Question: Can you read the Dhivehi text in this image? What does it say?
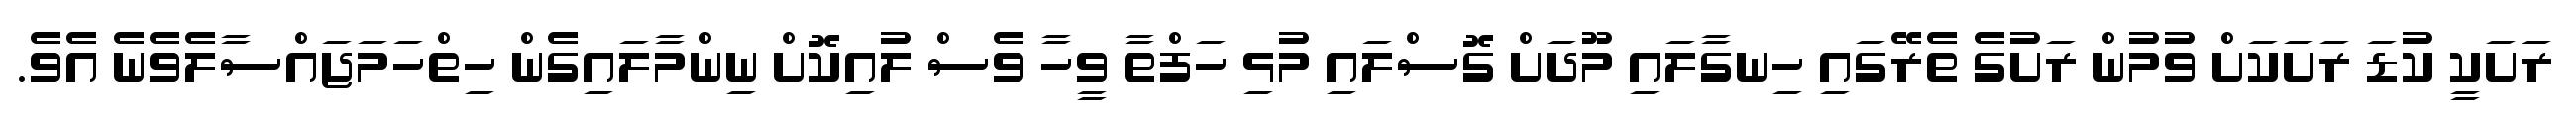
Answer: ރަށަކީ ކުޑަ ރަށަކަށް ވުމުން ރަށުގެ ތެރޭގައި ހިނގާލައި މޫދަށް ގޮސްލައި މުޅި ހަފްތާ ވީހާ ވެސް ލުއިކޮށް ނިންމާލައިގެން ހިތްހަމަޖައްސާލެވެނެ އެވެ.